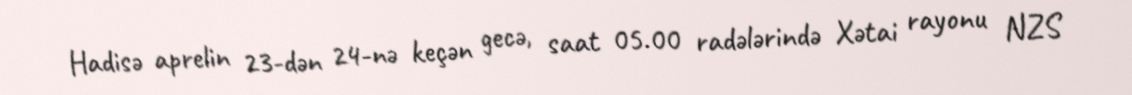
Hadisə aprelin 23-dən 24-nə keçən gecə, saat 05.00 radələrində Xətai rayonu NZS